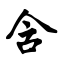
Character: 含